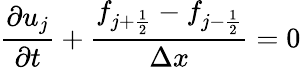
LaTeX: \frac{\partial u_{j}}{\partial t}+\frac{f_{j+\frac{1}{2}}-f_{j-\frac{1}{2}}}{\Delta x}=0